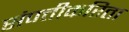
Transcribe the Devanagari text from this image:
संपत्तीकरिता